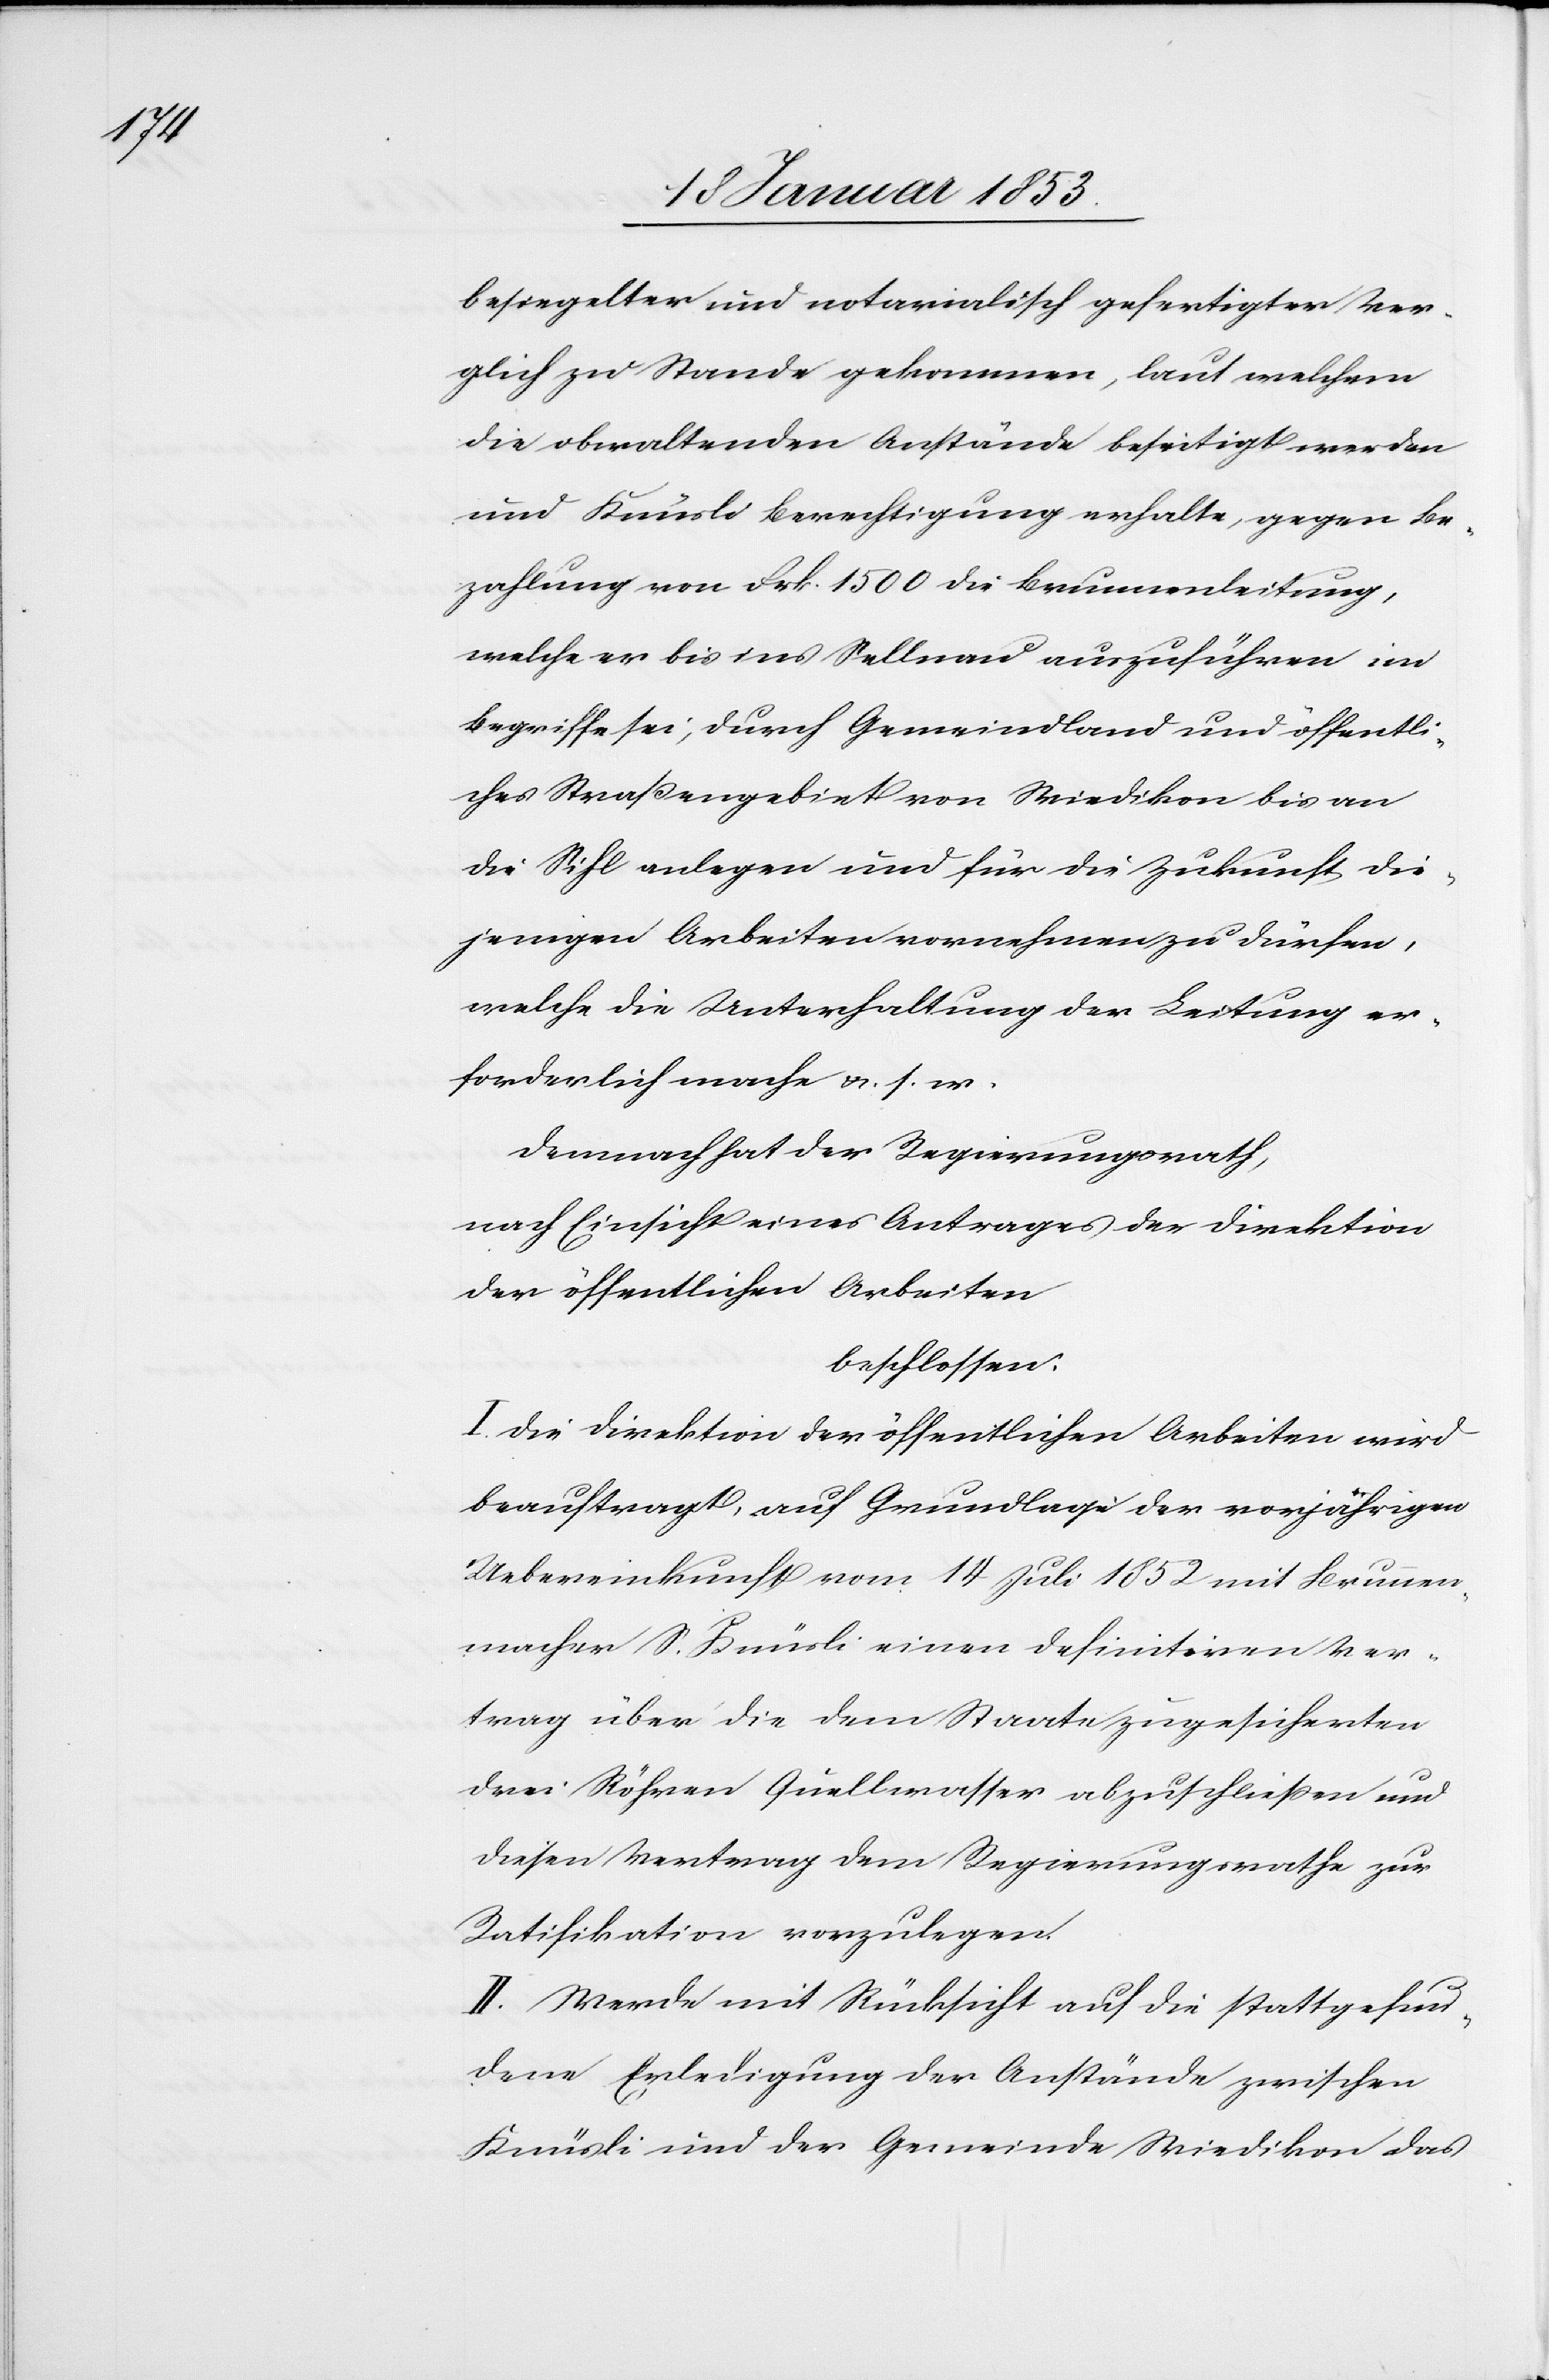
besiegelter und notarialisch gefertigter Ver¬
gleich zu Stande gekommen, laut welchem
die obwaltenden Anstände beseitigt werden
und Knüsli Berechtigung erhalte, gegen die
Bezahlung von Frk. 1500. die Brunnenleitung,
welche er bis ins Sellnau auszuführen im
Begriffe sei, durch Gemeindland und öffentli¬
ches Strassengebiet von Wiedikon bis an
die Sihl anlegen und für die Zukunft die¬
jenigen Arbeiten vornehmen zu dürfen,
welche die Unterhaltung der Leitung er¬
forderlich mache u. s. w.
demnach hat der Regierungsrath,
nach Einsicht eines Antrages der Direktion
der öffentlichen Arbeiten
beschlossen:
I. die Direktion der öffentlichen Arbeiten wird
beauftragt, auf Grundlage der vorjährigen
Uebereinkunft vom 14 Juli 1852 mit Brunnen¬
macher S. Knüsli einen definitiven Ver¬
trag über die dem Staate zu gesicherten
drei Röhren Quellenwasser abzuschliessen und
diesen Vertrag dem Regierungsrathe zur
Ratifikation vorzulegen.
II. Werke mit Rücksicht auf die stattgefun¬
dene Erledigung der Anstände zwischen
Knüsli und der Gemeinde Wiedikon des